Plague in India, 1896, 1897 - Volume 1
Year: 1896
Disease focus: Plague
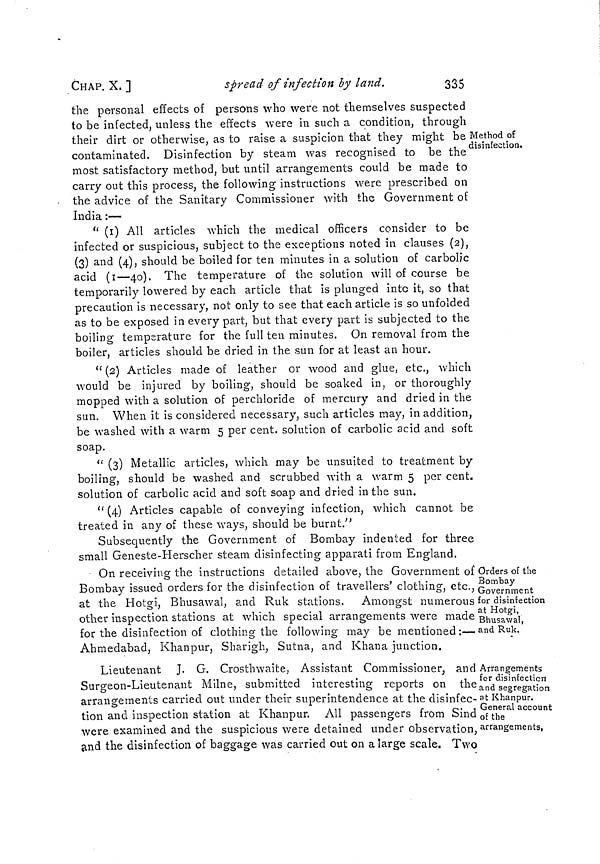
CHAP. X. ]
spread of infection by land.
335
Method of
disinfection.
the personal effects of persons who were not themselves suspected
to be infected, unless the effects were in such a condition, through
their dirt or otherwise, as to raise a suspicion that they might be
contaminated. Disinfection by steam was recognised to be the
most satisfactory method, but until arrangements could be made to
carry out this process, the following instructions were prescribed on
the advice of the Sanitary Commissioner with the Government of
India :—
" (1) All articles which the medical officers consider to be
infected or suspicious, subject to the exceptions noted in clauses (2),
(3) and (4), should be boiled for ten minutes in a solution of carbolic
acid (1—40). The temperature of the solution will of course be
temporarily lowered by each article that is plunged into it, so that
precaution is necessary, not only to see that each article is so unfolded
as to be exposed in every part, but that every part is subjected to the
boiling temperature for the full ten minutes. On removal from the
boiler, articles should be dried in the sun for at least an hour.
" (2) Articles made of leather or wood and glue, etc., which
would be injured by boiling, should be soaked in, or thoroughly
mopped with a solution of perchloride of mercury and dried in the
sun. When it is considered necessary, such articles may, in addition,
be washed with a warm 5 per cent. solution of carbolic acid and soft
soap.
" (3) Metallic articles, which may be unsuited to treatment by
boiling, should be washed and scrubbed with a warm 5 per cent.
solution of carbolic acid and soft soap and dried in the sun.
" (4) Articles capable of conveying infection, which cannot be
treated in any of these ways, should be burnt."
Subsequently the Government of Bombay indented for three
small Geneste-Herscher steam disinfecting apparati from England.
Orders of the
Bombay
Government
for disinfection
at Hotgi,
Bhusawal,
and Ruk.
On receiving the instructions detailed above, the Government of
Bombay issued orders for the disinfection of travellers' clothing, etc.,
at the Hotgi, Bhusawal, and Ruk stations. Amongst numerous
other inspection stations at which special arrangements were made
for the disinfection of clothing the following may be mentioned :—
Ahmedabad, Khanpur, Sharigh, Sutna, and Khana junction.
Arrangements
for disinfection
and segregation
at Khanpur.
General account
of the
arrangements,
Lieutenant J. G. Crosthwaite, Assistant Commissioner, and
Surgeon-Lieutenant Milne, submitted interesting reports on the
arrangements carried out under their superintendence at the disinfec-
tion and inspection station at Khanpur. All passengers from Sind
were examined and the suspicious were detained under observation,
and the disinfection of baggage was carried out on a large scale. Two